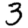
Digit: 3